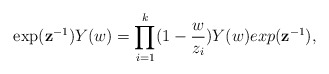
\begin{align*}\exp(\mathbf{z}^{-1})Y(w)=\prod^k_{i=1}(1-\frac{w}{z_i})Y(w)exp(\mathbf{z}^{-1}),\end{align*}